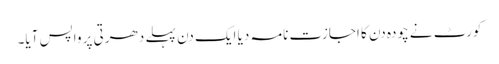
کورٹ نے چودہ دن کا اجازت نامہ دیا ایک دن پہلے دھرتی پر واپس آیا۔